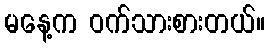
မနေ့က ဝက်သားစားတယ်။